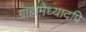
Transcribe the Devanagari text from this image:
ग्राह्ममेध्यादपि